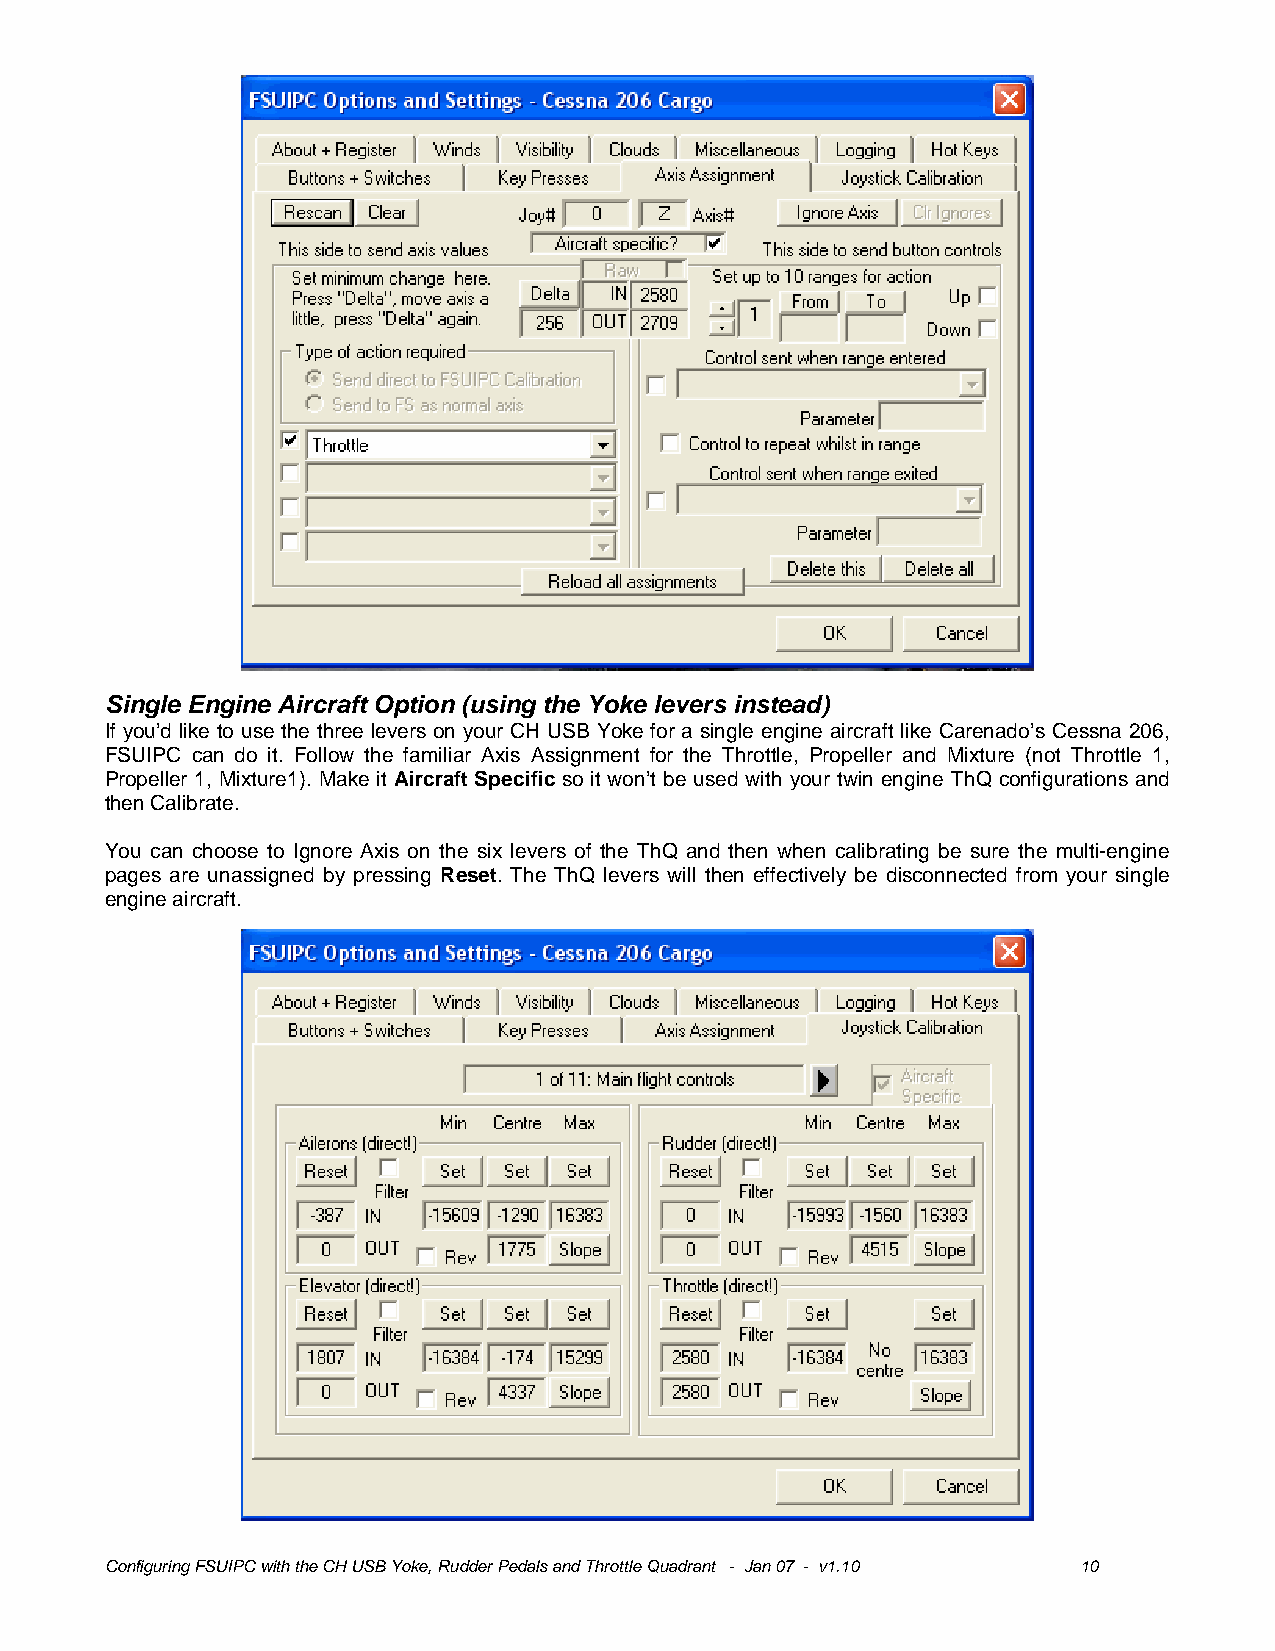
Single Engine Aircraft Option (using the Yoke levers instead)
 If you’d like to use the three levers on your CH USB Yoke for a single engine aircraft like Carenado’s Cessna 206,
 FSUIPC can do it. Follow the familiar Axis Assignment for the Throttle, Propeller and Mixture (not Throttle 1,
 Propeller 1, Mixture1). Make it Aircraft Specific so it won’t be used with your twin engine ThQ configurations and
 then Calibrate.
 You can choose to Ignore Axis on the six levers of the ThQ and then when calibrating be sure the multi-engine
 pages are unassigned by pressing Reset. The ThQ levers will then effectively be disconnected from your single
 engine aircraft.
 Configuring FSUIPC with the CH USB Yoke, Rudder Pedals and Throttle Quadrant - Jan 07 - v1.10 10